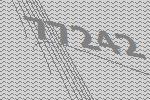
77242